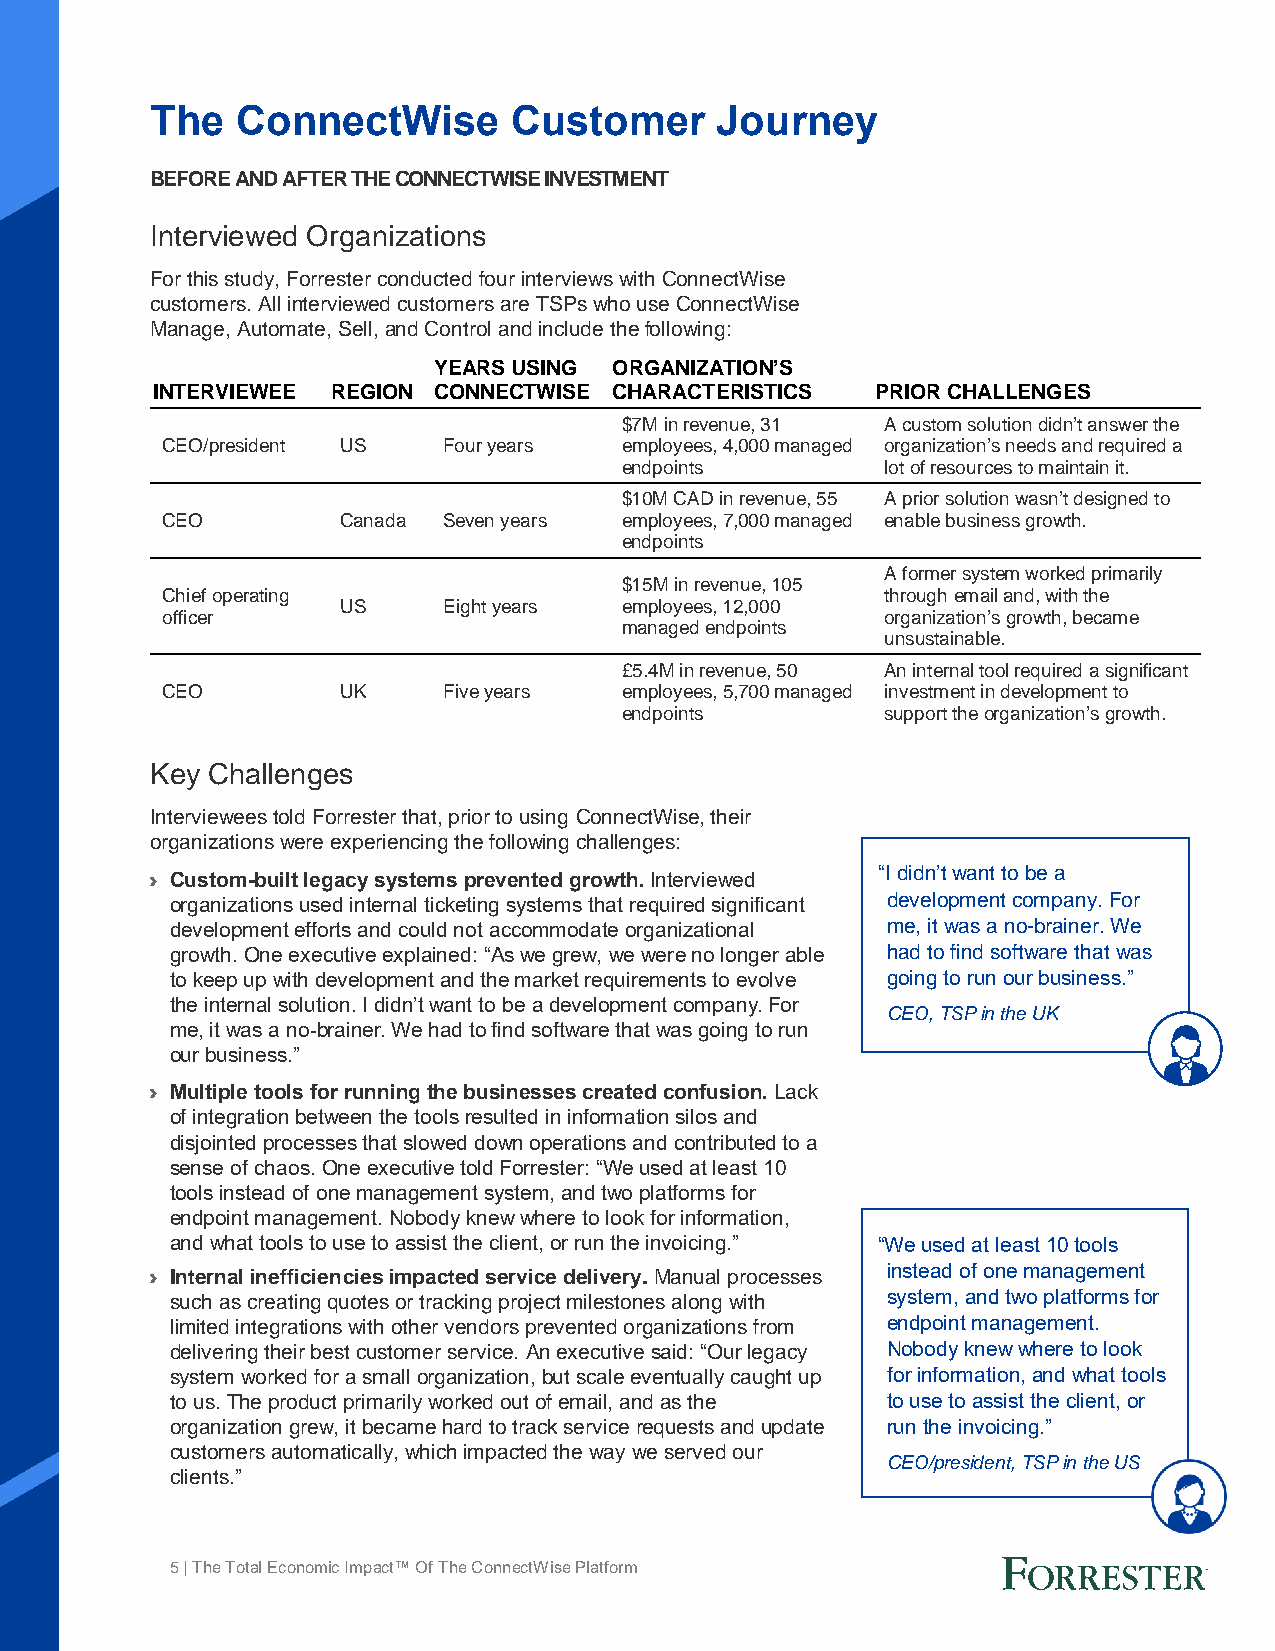
The   ConnectWise       Customer     Journey
 BEFORE AND AFTER THE CONNECTWISE INVESTMENT
 Interviewed Organizations
 For this study, Forrester conducted four interviews with ConnectWise
 customers. All interviewed customers are TSPs who use ConnectWise
 Manage, Automate, Sell, and Control and include the following:
 YEARS USING ORGANIZATION’S
 INTERVIEWEE REGION CONNECTWISE CHARACTERISTICS  PRIOR CHALLENGES
 $7M in revenue, 31 A custom solution didn’t answer the
 CEO/president US  Four years  employees, 4,000 managed organization’s needs and required a
 endpoints         lot of resources to maintain it.
 $10M CAD in revenue, 55 A prior solution wasn’t designed to
 CEO         Canada Seven years employees, 7,000 managed enable business growth.
 endpoints
 A former system worked primarily
 $15M in revenue, 105
 Chief operating                                 through email and, with the
 US    Eight years employees, 12,000
 officer                                         organization’s growth, became
 managed endpoints
 unsustainable.
 £5.4M in revenue, 50 An internal tool required a significant
 CEO         UK    Five years  employees, 5,700 managed investment in development to
 endpoints         support the organization’s growth.
 Key Challenges
 Interviewees told Forrester that, prior to using ConnectWise, their
 organizations were experiencing the following challenges:
 “I didn’t want to be a
 › Custom-built legacy systems prevented growth. Interviewed
 organizations used internal ticketing systems that required significant development company. For
 development efforts and could not accommodate organizational me, it was a no-brainer. We
 growth. One executive explained: “As we grew, we were no longer able had to find software that was
 to keep up with development and the market requirements to evolve going to run our business.”
 the internal solution. I didn’t want to be a development company. For
 CEO, TSP in the UK
 me, it was a no-brainer. We had to find software that was going to run
 our business.”
 › Multiple tools for running the businesses created confusion. Lack
 of integration between the tools resulted in information silos and
 disjointed processes that slowed down operations and contributed to a
 sense of chaos. One executive told Forrester: “We used at least 10
 tools instead of one management system, and two platforms for
 endpoint management. Nobody knew where to look for information,
 and what tools to use to assist the client, or run the invoicing.” “We used at least 10 tools
 › Internal inefficiencies impacted service delivery. Manual processes instead of one management
 such as creating quotes or tracking project milestones along with system, and two platforms for
 limited integrations with other vendors prevented organizations from endpoint management.
 delivering their best customer service. An executive said: “Our legacy Nobody knew where to look
 system worked for a small organization, but scale eventually caught up for information, and what tools
 to us. The product primarily worked out of email, and as the to use to assist the client, or
 organization grew, it became hard to track service requests and update run the invoicing.”
 customers automatically, which impacted the way we served our
 CEO/president, TSP in the US
 clients.”
 5 | The Total Economic Impact™ Of The ConnectWise Platform